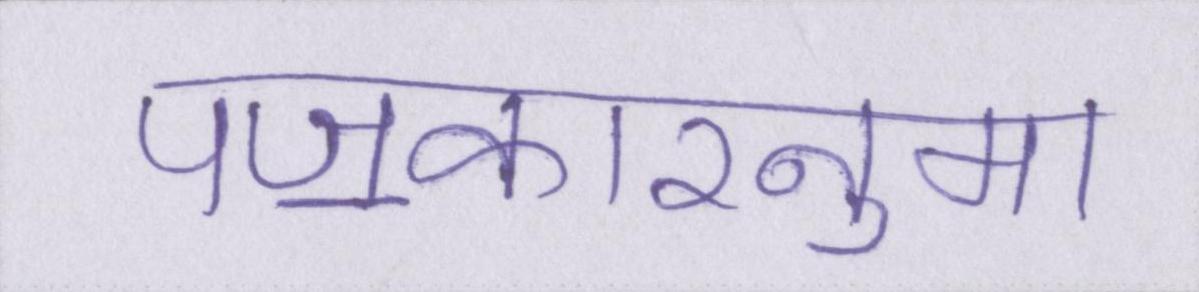
पॼकारनुमा